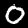
Digit: 0